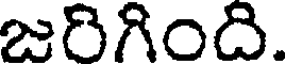
జరిగింది.